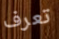
تعرف